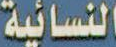
النسائية